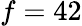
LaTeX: f=42